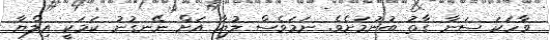
ވާހަކަ ސަނާ ގާތު ބުނުމަށެވެ. ނަމަވެސް ލުޔާ އަށް ނޭނގުނު ކަމަކީ އިލްޔާ